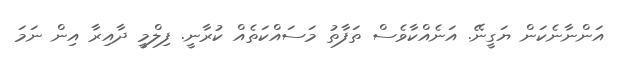
އަންނާނެކަން ޔަގީނޭ. އަނެއްކާވެސް ތަފާތު މަސައްކަތެއް ކުރާނީ. ފިލްމީ ދާއިރާ އިން ނަމަ